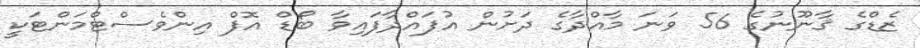
ޒެޑްގެ ޤާނޫނުގެ 56 ވަނަ މާއްދާގެ ދަށުން އުފައްދާފައިވާ ބޯޑް އޮފް އިންވެސްޓްމަންޓަކީ